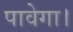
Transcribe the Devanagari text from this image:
पावेगा।